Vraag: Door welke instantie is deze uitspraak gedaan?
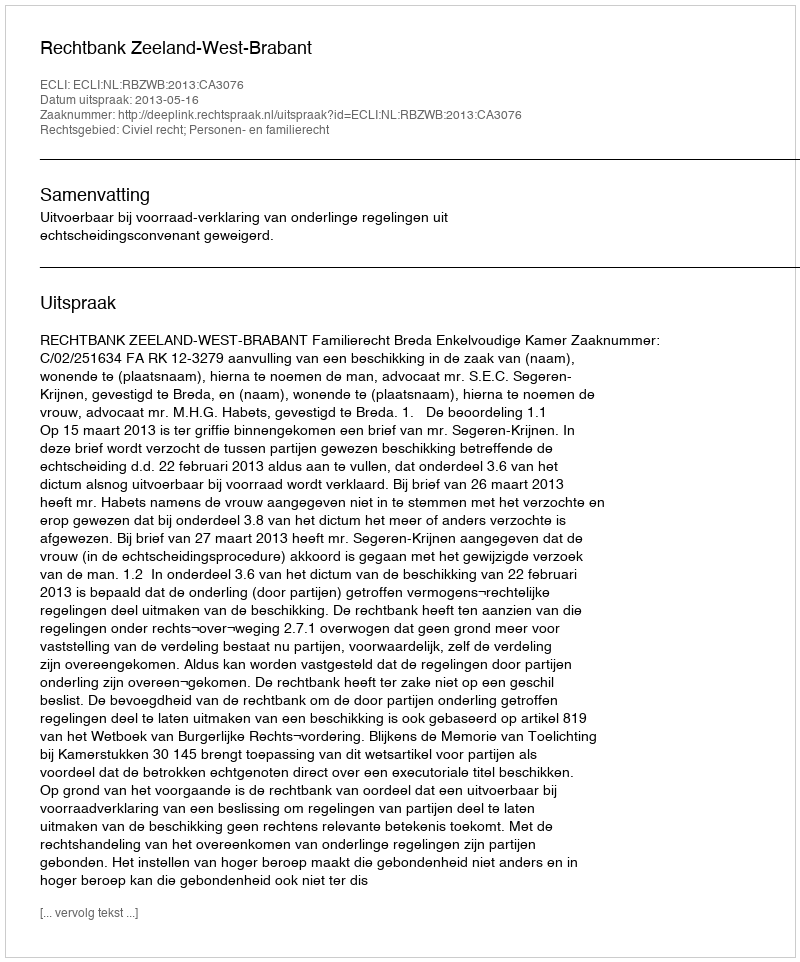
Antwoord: Rechtbank Zeeland-West-Brabant